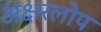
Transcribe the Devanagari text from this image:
अक्षरलोप